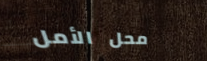
محل الأمل